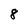
Character: 8